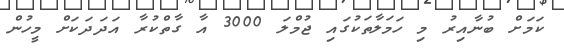
ކަމަށް ބުނާއިރު މި ހަމަލާތަކުގައި ޖުމްލަ 3000 އާ ގާތްކުރާ އަދަދަކަށް މީހުން